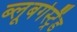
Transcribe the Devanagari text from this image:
ब्‍लूबर्गस्‍ट्रैंड